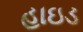
હાઇડ